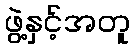
ဖွဲ့နှင့်အတူ